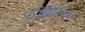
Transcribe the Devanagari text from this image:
फोर्मैटिंग